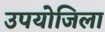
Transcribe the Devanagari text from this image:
उपयोजिला